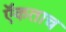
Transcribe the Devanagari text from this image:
ऍकताच